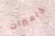
كاميرات